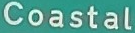
Coastal